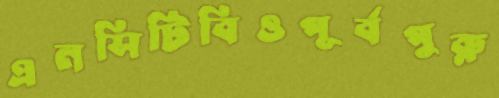
এনসিটিবিওপূর্বপুরু